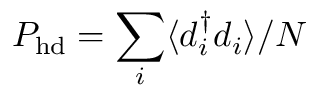
P _ { \mathrm { h d } } = \sum _ { i } \langle d _ { i } ^ { \dagger } d _ { i } \rangle / N